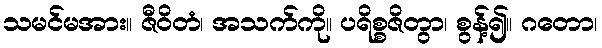
သမင်မအား။ ဇီဝိတံ၊ အသက်ကို။ ပရိစ္စဇိတွာ၊ စွန့်၍။ ဂတော၊